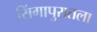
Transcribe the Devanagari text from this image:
सिंगापुरातला